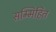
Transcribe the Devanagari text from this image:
सम्मिहित